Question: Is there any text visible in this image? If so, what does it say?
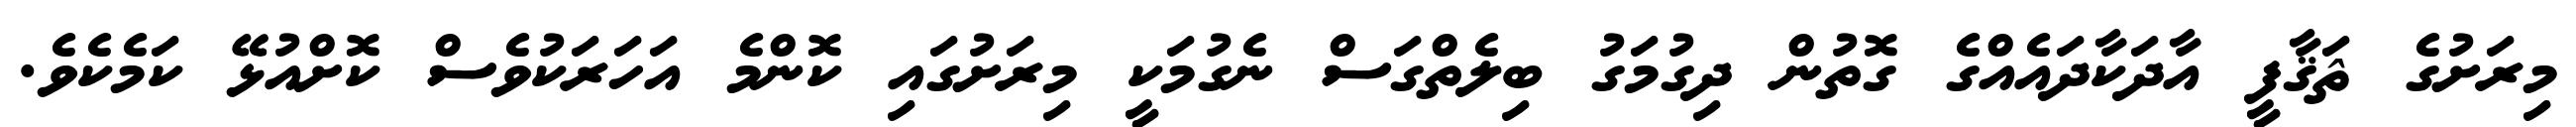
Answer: މިރަށުގެ ޘަޤާފީ އާދަކާދައެއްގެ ގޮތުން ދިގުމަގު ބިލެތްގަސް ނެގުމަކީ މިރަށުގައި ކޮންމެ އަހަރަކުވެސް ކޮށްއުޅޭ ކަމެކެވެ.